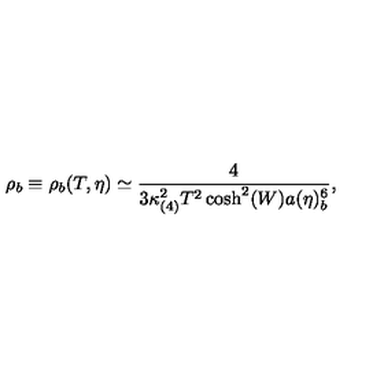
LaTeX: \rho _ { b } \equiv \rho _ { b } ( T , \eta ) \simeq \frac { 4 } { 3 \kappa _ { ( 4 ) } ^ { 2 } T ^ { 2 } \cosh ^ { 2 } ( W ) a ( \eta ) _ { b } ^ { 6 } } ,